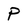
Character: P